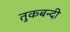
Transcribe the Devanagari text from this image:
तुकबन्दी